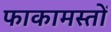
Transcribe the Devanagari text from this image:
फाकामस्तों